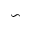
\backsim